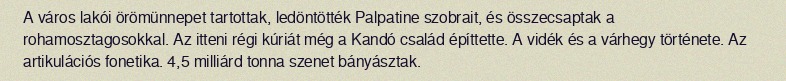
A város lakói örömünnepet tartottak, ledöntötték Palpatine szobrait, és összecsaptak a rohamosztagosokkal. Az itteni régi kúriát még a Kandó család építtette. A vidék és a várhegy története. Az artikulációs fonetika. 4,5 milliárd tonna szenet bányásztak.